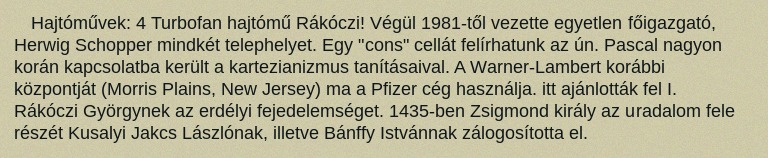
Hajtóművek: 4 Turbofan hajtómű Rákóczi! Végül 1981-től vezette egyetlen főigazgató, Herwig Schopper mindkét telephelyet. Egy "cons" cellát felírhatunk az ún. Pascal nagyon korán kapcsolatba került a kartezianizmus tanításaival. A Warner-Lambert korábbi központját (Morris Plains, New Jersey) ma a Pfizer cég használja. itt ajánlották fel I. Rákóczi Györgynek az erdélyi fejedelemséget. 1435-ben Zsigmond király az uradalom fele részét Kusalyi Jakcs Lászlónak, illetve Bánffy Istvánnak zálogosította el.